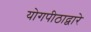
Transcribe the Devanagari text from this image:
योगपीठाद्वारे